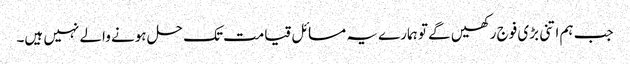
جب ہم اتنی بڑی فوج رکھیں گے تو ہمارے یہ مسائل قیامت تک حل ہونے والے نہیں ہیں۔